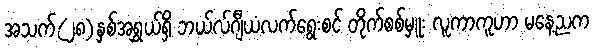
အသက်(၂၈)နှစ်အရွှယ်ရှိ ဘယ်လ်ဂျီယံလက်ရွေးစင် တိုက်စစ်မှူး လူကာကူဟာ မနေ့ညက